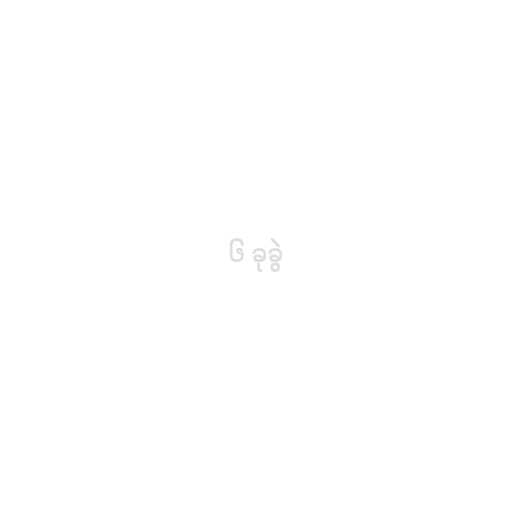
၆ ခုခွဲ